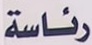
رئاسة